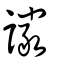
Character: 讝